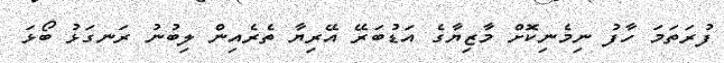
ފުރަަތަމަ ހާފު ނިމެނިކޮށް މާޒިޔާގެ އަޑުބަރޭ އޭރިޔާ ތެރެއިން ލިބުނު ރަނގަޅު ބޯޅަ